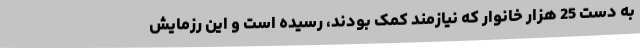
به دست 25 هزار خانوار که نیازمند کمک بودند، رسیده است و این رزمایش